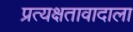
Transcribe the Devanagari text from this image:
प्रत्यक्षतावादाला